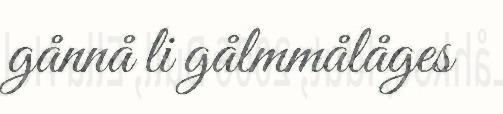
gånnå li gålmmålåges